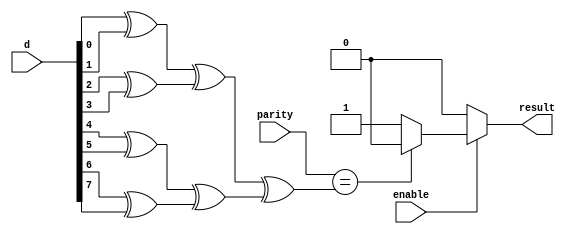
module Parity_Check
(
	input [7:0]d,
	input parity,
	input enable,
	
	output result
);

reg result_reg;
reg xor_result_reg;

always@(*)begin
	if(enable)
	begin
		xor_result_reg = (((d[0])^(d[1]))^((d[2])^(d[3])))^(((d[4])^(d[5]))^((d[6])^(d[7])));
		if(parity == xor_result_reg)
			result_reg = 0;
		else
			result_reg = 1;
	end
	else
	begin
		result_reg = 0;
		xor_result_reg = 0;
	end
end 

assign result = result_reg;

endmodule